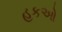
હકઓ